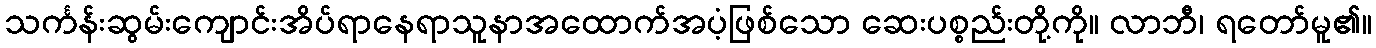
သင်္ကန်းဆွမ်းကျောင်းအိပ်ရာနေရာသူနာအထောက်အပံ့ဖြစ်သော ဆေးပစ္စည်းတို့ကို။ လာဘီ၊ ရတော်မူ၏။